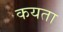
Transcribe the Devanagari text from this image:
कयता